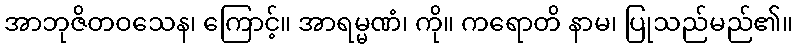
အာဘုဇိတဝသေန၊ ကြောင့်။ အာရမ္မဏံ၊ ကို။ ကရောတိ နာမ၊ ပြုသည်မည်၏။